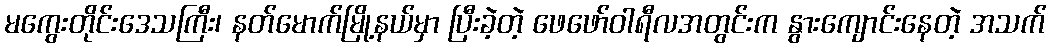
မကွေးတိုင်းဒေသကြီး၊ နတ်မောက်မြို့နယ်မှာ ပြီးခဲ့တဲ့ ဖေဖော်ဝါရီလအတွင်းက နွားကျောင်းနေတဲ့ အသက်